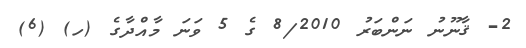
2- ޤާނޫނު ނަންބަރު 8/2010 ގެ 5 ވަނަ މާއްދާގެ (ހ) (6)